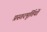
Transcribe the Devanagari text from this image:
प्रस्तरमूर्तियों